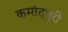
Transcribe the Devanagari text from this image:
कमांदपुरी